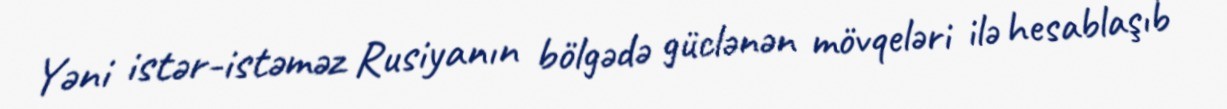
Yəni istər-istəməz Rusiyanın bölgədə güclənən mövqeləri ilə hesablaşıb